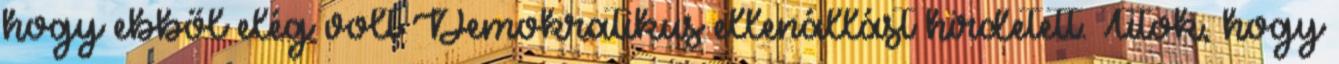
hogy ebből elég volt Demokratikus ellenállást hirdetett. Titok, hogy